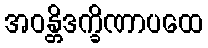
အဝန္တိဒက္ခိဏာပထေ